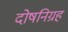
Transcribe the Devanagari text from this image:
दोषनिग्रह